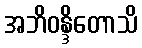
အဘိဝန္ဒိတောသိ